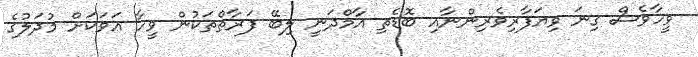
ވީހާވެސް ގިނަ ވިޔަފާރިވެރިންނާއި ބޮޑެތި އާމްދަނީ ލިބޭ ފަރާތްތަކުން ވީހާ އަވަކަށް މުދަލުގެ